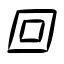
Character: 回